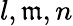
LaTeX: l,\mathfrak{m},n